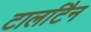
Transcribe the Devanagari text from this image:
टार्लाटैन